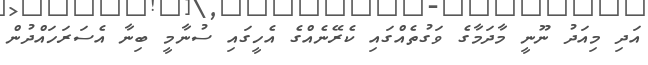
އަދި މިއަދު ނޫނީ މާދަމާގެ ވަގުތެއްގައި ކެރޭނެއްގެ އެހީގައި ސުނާމީ ބިނާ އެސަރަހައްދުން